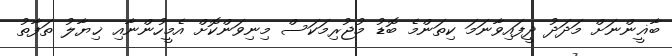
ބާޣީންނަށް މަދަދު ދީފައިވާނަމަ ކިތަންމެ ބޮޑު މުޖުރިމަކަސް މިނިވަންކޮށް އެމީހުންނާއި ޚިޔާލު ތަފާތު